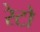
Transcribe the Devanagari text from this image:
रेटो